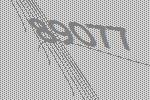
89077